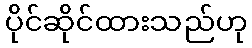
ပိုင်ဆိုင်ထားသည်ဟု